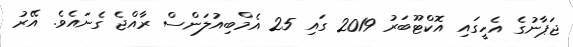
ޖަޕާނުގެ އެހީގައި އޮކްޓޫބަރު 2019 ގައި 25 އެމްބިއުލަންސް ރާއްޖެ ގެނައެވެ. އޭރު